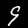
Label: 9